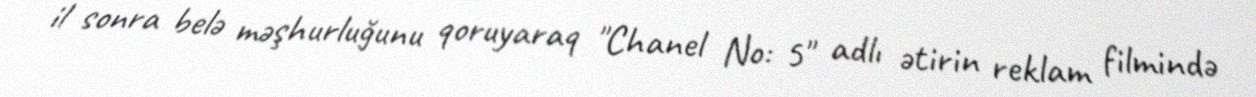
il sonra belə məşhurluğunu qoruyaraq "Chanel No: 5" adlı ətirin reklam filmində